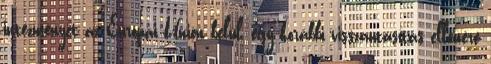
intézményét az Európai Unión belül, egy korábbi visszautasítás ellenére